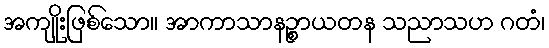
အကျိုးဖြစ်သော။ အာကာသာနဉ္စာယတန သညာသဟ ဂတံ၊